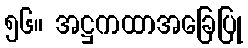
၅၆။ အဋ္ဌကထာအခြေပြု